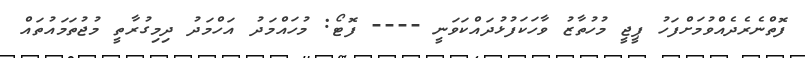
ފޮތްނެރެދެއްވުމަށްފަހު ޕީޖީ މުހުތާޒު ވާހަކަފުޅުދައްކަވަނީ ---- ފޮޓޯ: މުހައްމަދު އަހްމަދު ދިމިގުރާތީ މުޖުތަމައުތައް